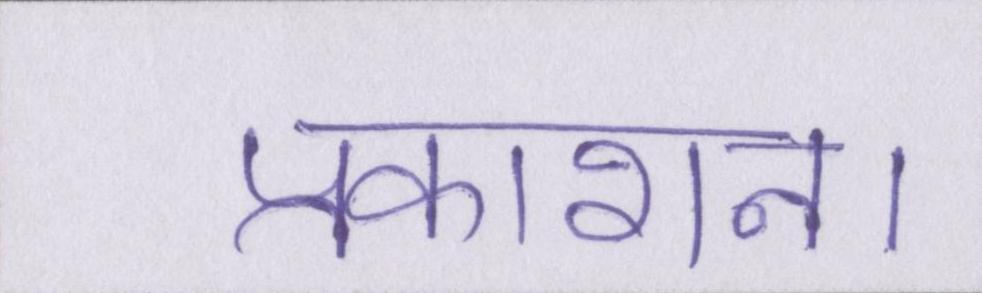
प्रकाशन।